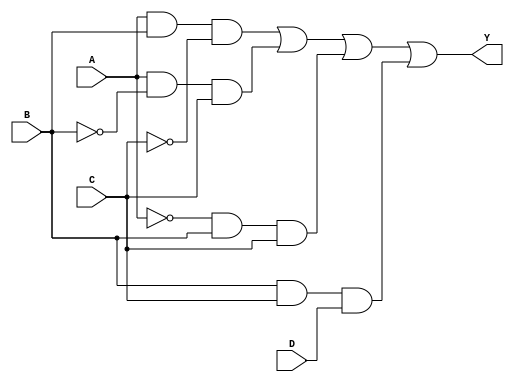
module combinational_logic_block (
    input wire A,      // Input variable A
    input wire B,      // Input variable B
    input wire C,      // Input variable C
    input wire D,      // Input variable D
    output wire Y      // Output variable Y
);

// Intermediate signals for minimized logic
wire not_A, not_B, not_C, not_D;
wire term1, term2, term3, term4;

// Inverting inputs
not (not_A, A);
not (not_B, B);
not (not_C, C);
not (not_D, D);

// K-map simplified logic expression (example)
assign term1 = A & B & not_C;          // A B C'
assign term2 = A & not_B & C;          // A B' C
assign term3 = not_A & B & C;          // A' B C
assign term4 = B & C & D;              // B C D

// Final output using OR of the terms
assign Y = term1 | term2 | term3 | term4;

endmodule